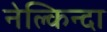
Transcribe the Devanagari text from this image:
नेल्किन्दा